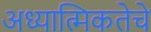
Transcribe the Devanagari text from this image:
अध्यात्मिकतेचे